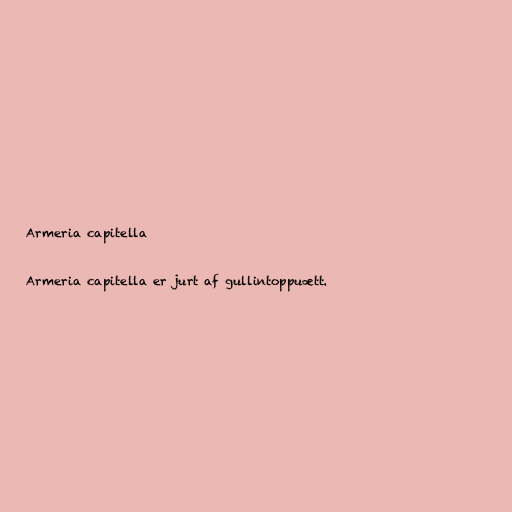
Armeria capitella

Armeria capitella er jurt af gullintoppuætt.